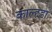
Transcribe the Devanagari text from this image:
काल्हडा